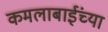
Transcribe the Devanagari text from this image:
कमलाबाईंच्या